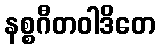
နစ္စဂီတဝါဒိတေ